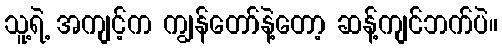
သူ့ရဲ့ အကျင့်က ကျွန်တော်နဲ့တော့ ဆန့်ကျင်ဘက်ပဲ။